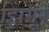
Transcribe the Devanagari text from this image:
झिंगूर